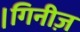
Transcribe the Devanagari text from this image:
।गिनीज़